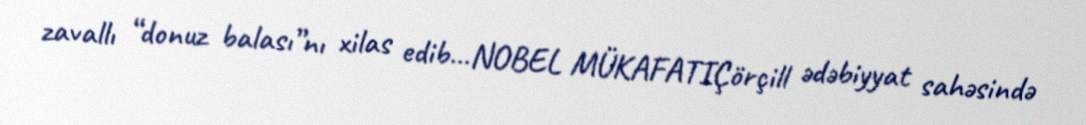
zavallı “donuz balası”nı xilas edib…NOBEL MÜKAFATIÇörçill ədəbiyyat sahəsində